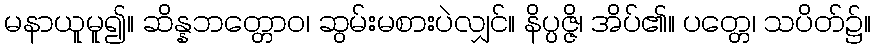
မနာယူမူ၍။ ဆိန္နဘတ္တောဝ၊ ဆွမ်းမစားပဲလျှင်။ နိပ္ပဇ္ဇိ၊ အိပ်၏။ ပတ္တေ၊ သပိတ်၌။